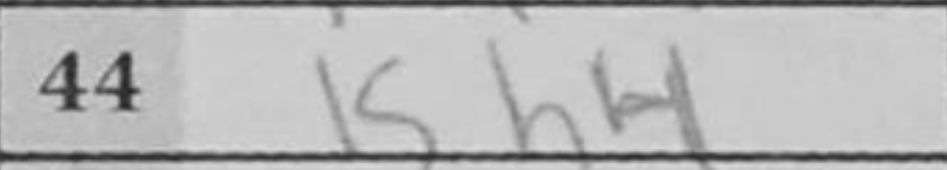
Transcription: Kh4